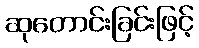
ဆုတောင်းခြင်းဖြင့်